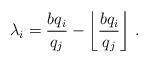
LaTeX: \begin{align*}\lambda_i=\frac{bq_i}{q_j}-\left\lfloor \frac{bq_i}{q_j} \right\rfloor \, .\end{align*}